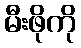
မီးဖိုကို